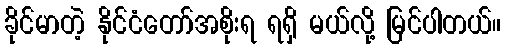
ခိုင်မာတဲ့ နိုင်ငံတော်အစိုးရ ရရှိ မယ်လို့ မြင်ပါတယ်။